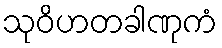
သုဝိဟတခါဏုကံ